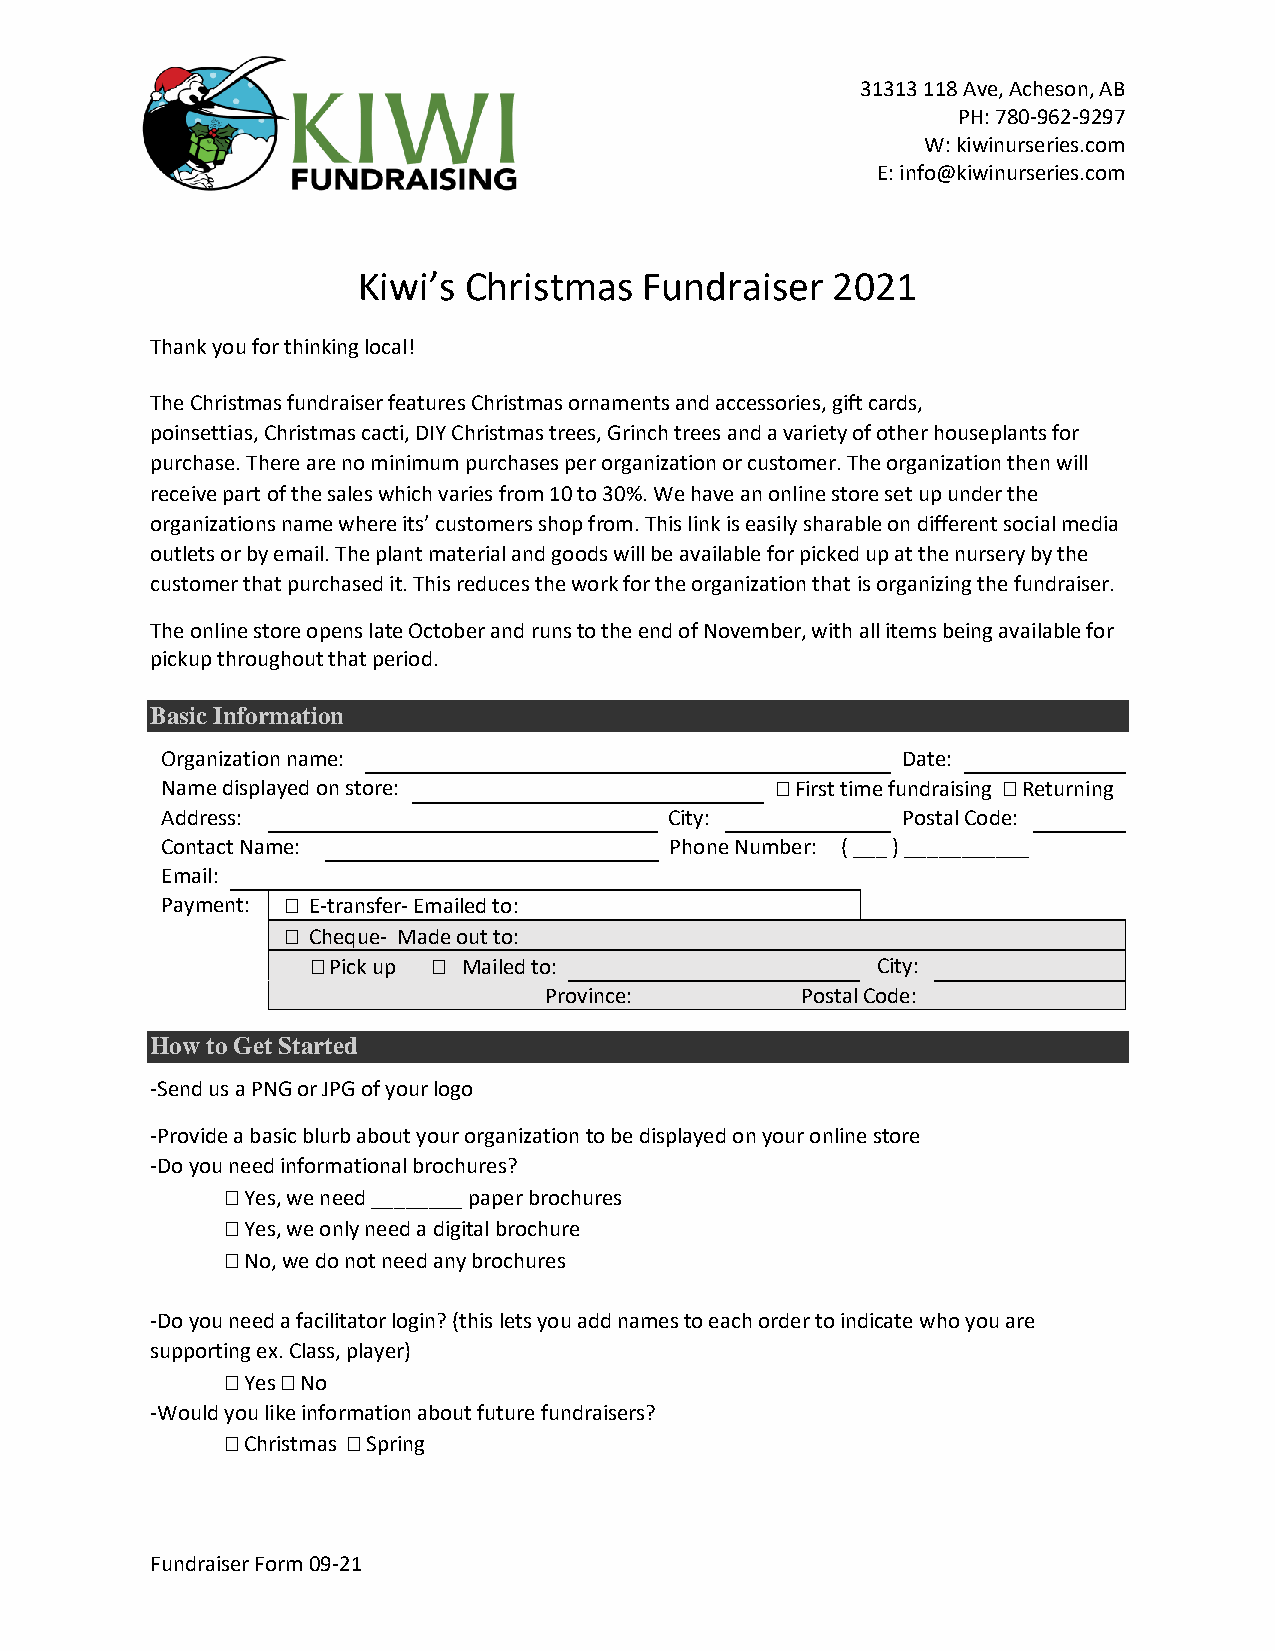
31313 118 Ave, Acheson, AB
 PH: 780-962-9297
 W: kiwinurseries.com
 E: info@kiwinurseries.com
 Kiwi’s Christmas   Fundraiser  2021
 Thank you for thinking local!
 The Christmas fundraiser features Christmas ornaments and accessories, gift cards,
 poinsettias, Christmas cacti, DIY Christmas trees, Grinch trees and a variety of other houseplants for
 purchase. There are no minimum purchases per organization or customer. The organization then will
 receive part of the sales which varies from 10 to 30%. We have an online store set up under the
 organizations name where its’ customers shop from. This link is easily sharable on different social media
 outlets or by email. The plant material and goods will be available for picked up at the nursery by the
 customer that purchased it. This reduces the work for the organization that is organizing the fundraiser.
 The online store opens late October and runs to the end of November, with all items being available for
 pickup throughout that period.
 Basic Information
 Organization name:                               Date:
 Name displayed on store:                 First time fundraising  Returning
 Address:                         City:           Postal Code:
 Contact Name:                    Phone Number: ( ___ ) ___________
 Email:
 Payment:  E-transfer- Emailed to:
  Cheque- Made out to:
  Pick up  Mailed to:               City:
 Province:        Postal Code:
 How to Get Started
 -Send us a PNG or JPG of your logo
 -Provide a basic blurb about your organization to be displayed on your online store
 -Do you need informational brochures?
  Yes, we need ________ paper brochures
  Yes, we only need a digital brochure
  No, we do not need any brochures
 -Do you need a facilitator login? (this lets you add names to each order to indicate who you are
 supporting ex. Class, player)
  Yes  No
 -Would you like information about future fundraisers?
  Christmas  Spring
 Fundraiser Form 09-21